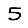
Digit: 5